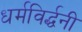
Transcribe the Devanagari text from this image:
धर्मविर्द्धनी